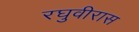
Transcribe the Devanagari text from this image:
रघुवीरास